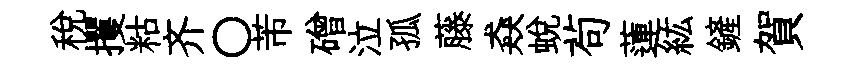
稅攫䊀齐〇芾磳泣孤藤猋蜕茍蓮紘鏟賀